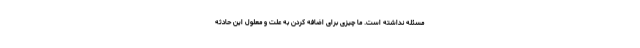
مسئله نداشته است. ما چیزی برای اضافه کردن به علت و معلول این حادثه